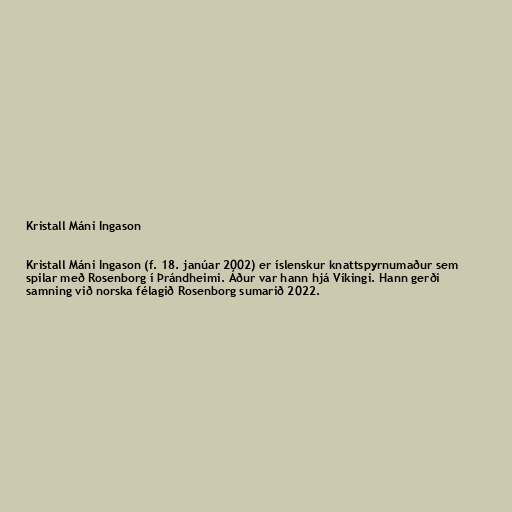
Kristall Máni Ingason

Kristall Máni Ingason (f. 18. janúar 2002) er íslenskur knattspyrnumaður sem
spilar með Rosenborg í Þrándheimi. Áður var hann hjá Víkingi. Hann gerði
samning við norska félagið Rosenborg sumarið 2022.